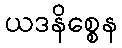
ယဒနိစ္စေန